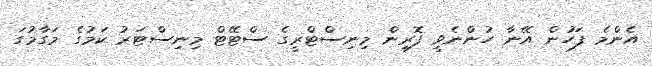
އެންމެ ފަހުން އޭނާ ހުންނެވީ ފޮރިން މިނިސްޓްރީގެ ސްޓޭޓް މިނިސްޓަރު ކަމުގެ މަގާމުގަ